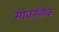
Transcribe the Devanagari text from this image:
मोकळिक